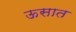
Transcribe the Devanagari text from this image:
ऊसात